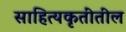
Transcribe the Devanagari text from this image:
साहित्यकृतींतील